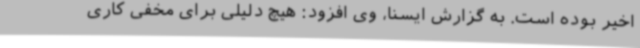
اخیر بوده است. به گزارش ایسنا، وی افزود: هیچ دلیلی برای مخفی کاری